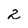
Character: 2